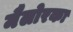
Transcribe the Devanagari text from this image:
मैलोरका